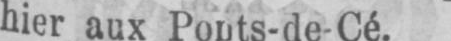
hier aux Ponts-de-Cé.